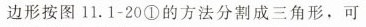
边形按图11.1-20①的方法分割成三角形，可